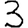
Digit: 3